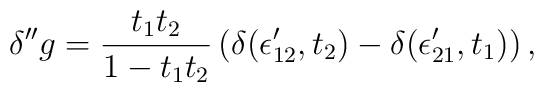
\delta^{\prime\prime}g = {t_1 t_2\over 1 - t_1 t_2 }\left( \delta(\epsilon'_{12}, t_2) - \delta(\epsilon'_{21},t_1)\right),